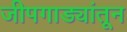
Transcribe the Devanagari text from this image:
जीपगाड्यांतून